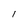
Character: I